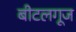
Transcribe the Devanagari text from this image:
बीटलगूज